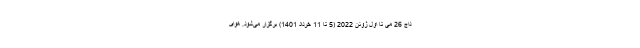
داج 26 می تا اول ژوئن 2022 (5 تا 11 خرداد 1401) برگزار می‌شود. هوای